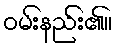
ဝမ်းနည်း၏။